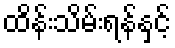
ထိန်းသိမ်းရန်နှင့်